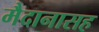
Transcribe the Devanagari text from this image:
मैदानासह